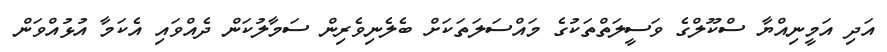
އަދި އަމީނިއްޔާ ސްކޫލްގެ ވަސީލަތްތަކުގެ މައްސަލަތަކަށް ބެލެނިވެރިން ސަމާލުކަން ދެއްވައި އެކަމާ އުޅުއްވަން